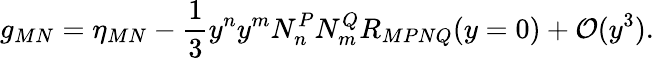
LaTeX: g_{MN}=\eta_{MN}-\frac{1}{3}y^{n}y^{m}N_{n}^{P}N_{m}^{Q}R_{MPNQ}(y=0)+{\cal O}(y^{3}).